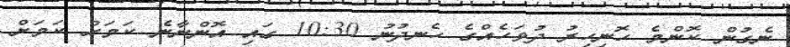
ނެގުން ކޮންމެ ހޮނިހިރު ދުވަހެއްގެ ހެނދުނު 10:30 ގައި އޮންނާނެ ކަމަށް ކަމަށް